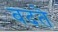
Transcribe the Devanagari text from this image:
बदते